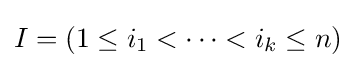
I=(1\leq i_{1}<\cdots <i_{k}\leq n)